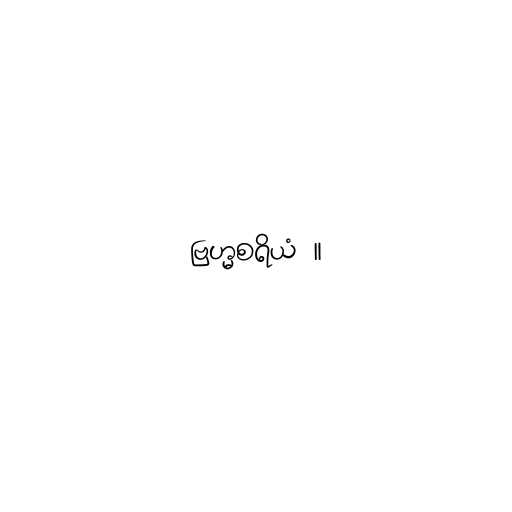
ဗြဟ္မစရိယံ ။